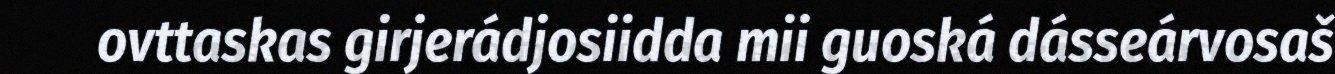
ovttaskas girjerádjosiidda mii guoská dásseárvosaš